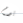
يوم